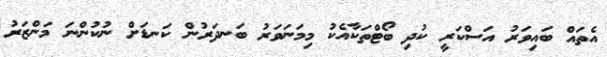
އެތައް ބައިވަރު އަސްކަރީ ކުދި ބޯޓްތަކާއެކު މިމަނަވަރު ބަނދަރުން ކަނޑަށް ނުކުންނަ މަންޒަރު